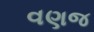
વણજ